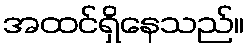
အထင်ရှိနေသည်။